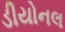
ડીયોનલ